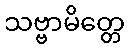
သဗ္ဗာမိတ္တေ